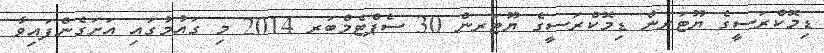
ޑިމޮކްރަސީގެ ޔޫޓަރން ޑިމޮކްރަސީގެ ޔޫޓަރން 30 ސެޕްޓެމްބަރ 2014 މި ގައުމުގައި އަށަގެންފައިވާ